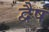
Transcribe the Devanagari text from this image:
द्वैष